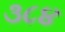
૩૮૪